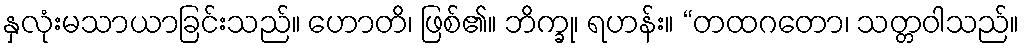
နှလုံးမသာယာခြင်းသည်။ ဟောတိ၊ ဖြစ်၏။ ဘိက္ခု၊ ရဟန်း။ “တထဂတော၊ သတ္တဝါသည်။